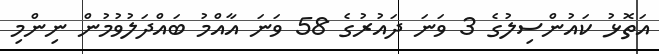
އަތޮޅު ކައުންސިލުގެ 3 ވަނަ ދައުރުގެ 58 ވަނަ އާއްމު ބައްދަލުވުމުން ނިންމި